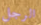
الرجل